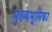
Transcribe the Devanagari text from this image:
मुख्यभूमिका